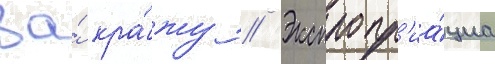
за́ кра́жу // Экспропр'иа́циа